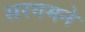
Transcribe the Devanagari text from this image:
सरगमने